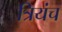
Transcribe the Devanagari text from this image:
त्रियंच